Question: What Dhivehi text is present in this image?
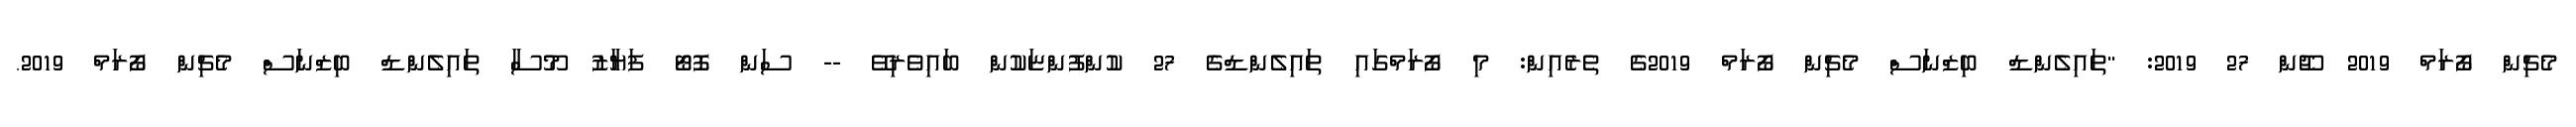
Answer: މެޗިން ފޯރަމް 2019 ޖޫން 27 2019: "ތައިލެންޑް ބިޒްނަސް މެޗިން ފޯރަމް 2019ގެ ތެރެއިން: މި ފޯރަމްގައި ތައިލެންޑްގެ 27 ކުންފުންޏަކުން ބައިވެރިވޭ -- ސަން ފޮޓޯ ފަޔާޒު މޫސާ ތައިލެންޑް ބިޒްނަސް މެޗިން ފޯރަމް 2019.